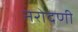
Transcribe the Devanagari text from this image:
नरोदणी